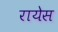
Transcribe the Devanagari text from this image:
रायेस